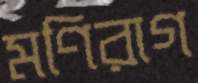
মণিরাগ